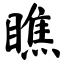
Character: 瞧